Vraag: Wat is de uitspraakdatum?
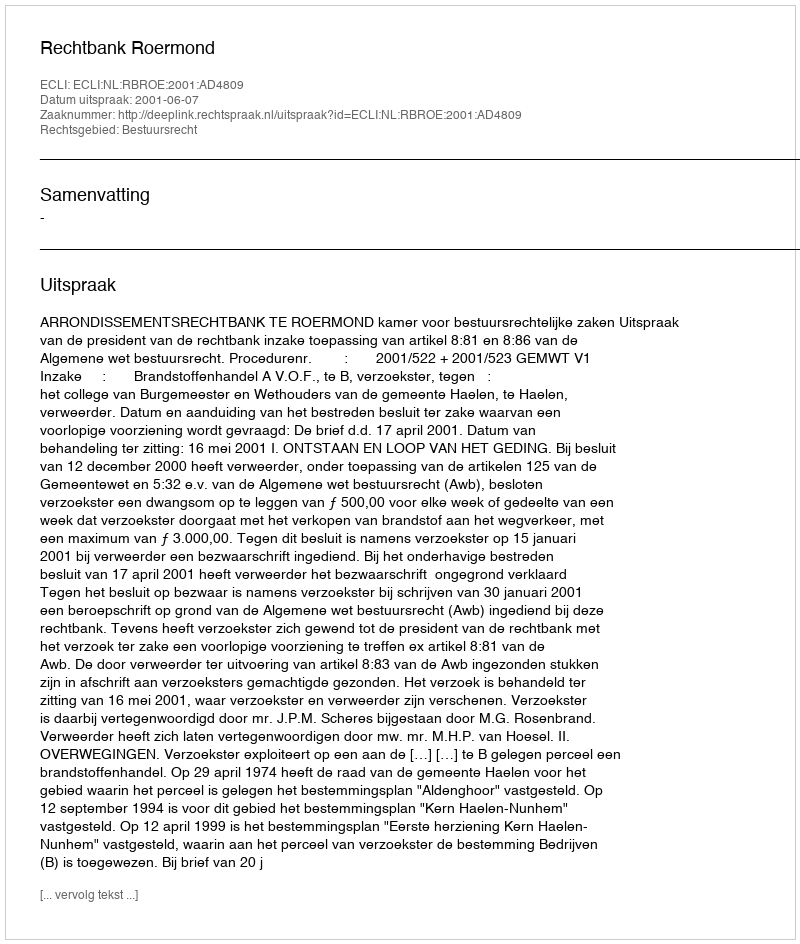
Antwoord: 2001-06-07